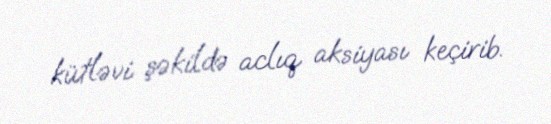
kütləvi şəkildə aclıq aksiyası keçirib.